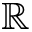
\mathbb { R }